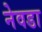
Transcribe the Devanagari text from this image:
नेवडा